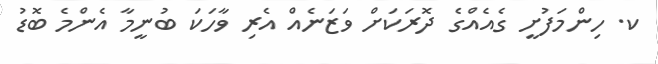
ކ. ހިންމަފުށީ ގެއެއްގެ ދޮރަކަށް ވަޒަނެއް އެރި ވާހަކަ ބުނީމާ އެންމެ ބޮޑު